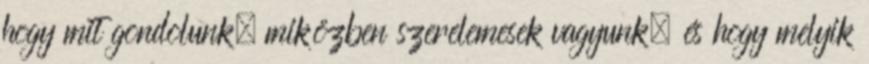
hogy mit gondolunk, miközben szerelemesek vagyunk, és hogy melyik